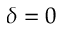
\delta = 0